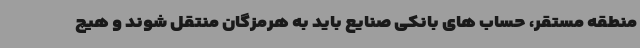
منطقه مستقر، حساب های بانکی صنایع باید به هرمزگان منتقل شوند و هیچ